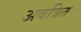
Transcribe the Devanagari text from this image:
अवत्रित